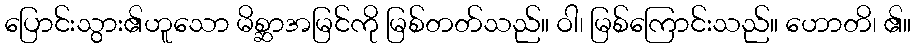
ပြောင်းသွား၏ဟူသော မိစ္ဆာအမြင်ကို မြစ်တတ်သည်။ ဝါ၊ မြစ်ကြောင်းသည်။ ဟောတိ၊ ၏။